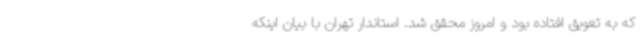
که به تعویق افتاده بود و امروز محقق شد. استاندار تهران با بیان اینکه